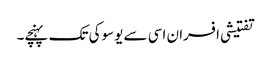
تفتیشی افسران اسی سے یوسوکی تک پہنچے۔